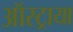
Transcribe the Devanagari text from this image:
ऑस्ट्राया